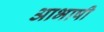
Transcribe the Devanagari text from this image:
आभाषी